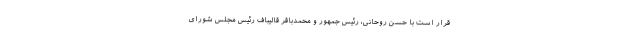
قرار است با حسن روحانی، رئیس جمهور و محمدباقر قالیباف رئیس مجلس شورای